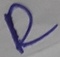
Text: R